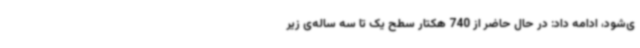
ی‌شود، ادامه داد: در حال حاضر از 740 هکتار سطح یک تا سه ساله‌ی زیر